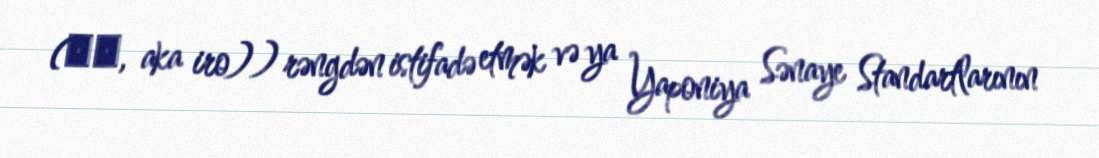
(赤色, aka iro)) rəngdən istifadə etmək və ya Yaponiya Sənaye Standartlarının